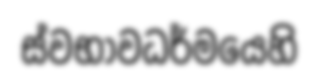
ස්වභාවධර්මයෙහි